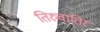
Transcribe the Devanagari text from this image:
तिरुवातिर